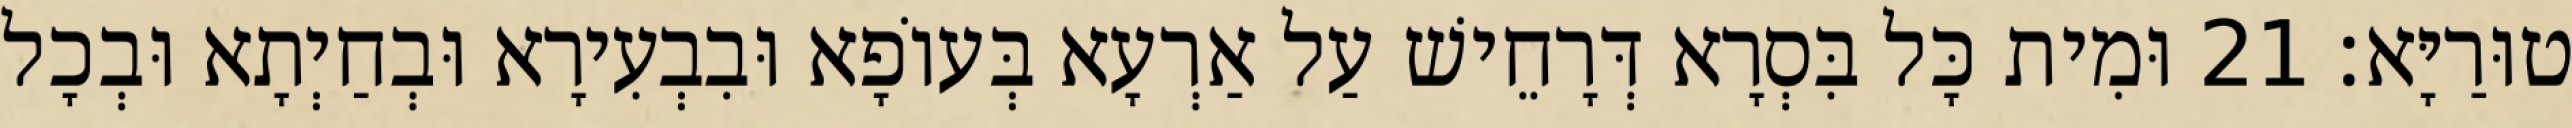
טוּרַיָּא׃ 21 וּמִית כָּל בִּסְרָא דְּרָחֵישׁ עַל אַרְעָא בְּעוֹפָא וּבִבְעִירָא וּבְחַיְתָא וּבְכָל